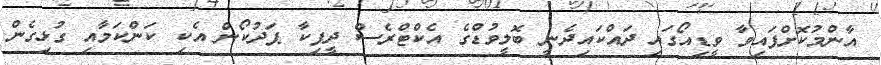
އާންމުކޮށްފައިވާ ވީޑިއޯގައި ދައްކައިދެނީ ބޮލީވުޑްގެ އެކްޓްރެސް ދީޕިކާ ޕަދުކޯން އެކި ކަންކަމާއި ގުޅިގެން